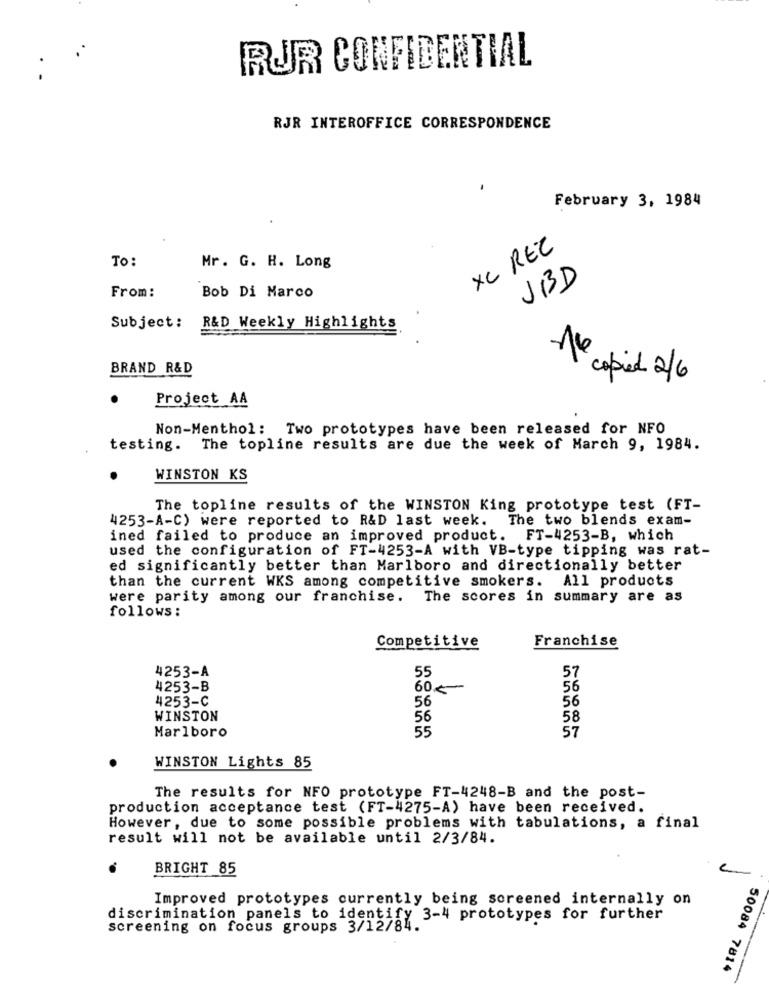
RUR CONFIDENTIAL
RJR INTEROFFICE CORRESPONDENCE
February 3, 1984
XC REZ
To:
Mr. G. H. Long
JBD
From:
Bob Di Marco
Subject: R&D Weekly Highlights
BRAND R&D
Nº copied 2/6
Project AA
Non-Menthol: Two prototypes have been released for NFO
testing.
The topline results are due the week of March 9, 1984.
WINSTON KS
The topline results of the WINSTON King prototype test (FT-
4253-A-C) were reported to R&D last week. The two blends exam-
ined failed to produce an improved product. FT-4253-B, which
used the configuration of FT-4253-A with VB-type tipping was rat-
ed significantly better than Marlboro and directionally better
than the current WKS among competitive smokers. All products
were parity among our franchise. The scores in summary are as
follows :
Competitive
Franchise
4253-A
55
57
4253-B
60€
56
4253-C
56
56
WINSTON
56
58
55
57
Marlboro
WINSTON Lights 85
The results for NFO prototype FT-4248-B and the post-
production acceptance test (FT-4275-A) have been received.
However, due to some possible problems with tabulations, a final
result will not be available until 2/3/84.
BRIGHT 85
Improved prototypes currently being screened internally on
discrimination panels to identify 3-4 prototypes for further
screening on focus groups 3/12/84.
50084 7814